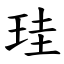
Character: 珪